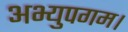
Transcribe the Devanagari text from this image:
अभ्युपगम।